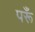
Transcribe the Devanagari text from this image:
परूँ